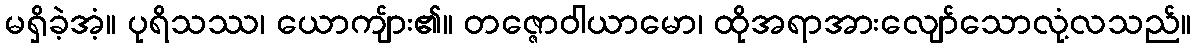
မရှိခဲ့အံ့။ ပုရိသဿ၊ ယောကျ်ား၏။ တဇ္ဇောဝါယာမော၊ ထိုအရာအားလျော်သောလုံ့လသည်။